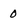
Character: 0